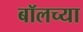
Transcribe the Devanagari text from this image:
बॉलच्या